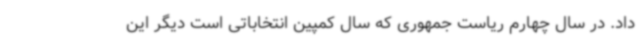
داد. در سال چهارم ریاست جمهوری که سال کمپین انتخاباتی است دیگر این